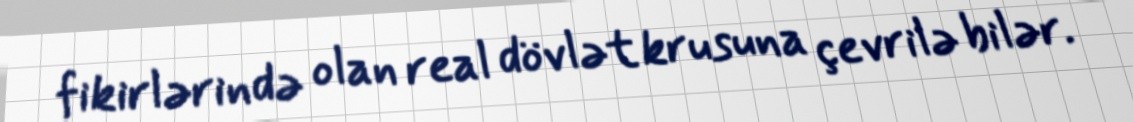
fikirlərində olan real dövlət krusuna çevrilə bilər.